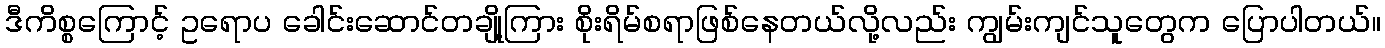
ဒီကိစ္စကြောင့် ဥရောပ ခေါင်းဆောင်တချို့ကြား စိုးရိမ်စရာဖြစ်နေတယ်လို့လည်း ကျွမ်းကျင်သူတွေက ပြောပါတယ်။